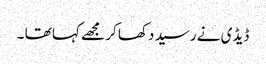
ڈیڈی نے رسید دکھا کر مجھے کہا تھا ۔